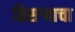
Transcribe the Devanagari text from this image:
तिसऱ्याचा